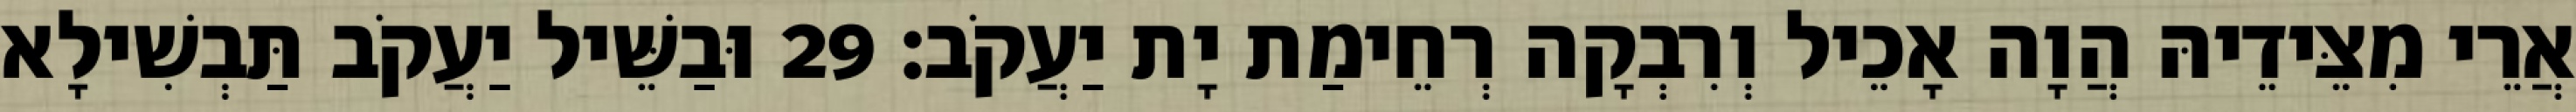
אֲרֵי מִצֵּידֵיהּ הֲוָה אָכֵיל וְרִבְקָה רְחֵימַת יָת יַעֲקֹב׃ 29 וּבַשֵּׁיל יַעֲקֹב תַּבְשִׁילָא